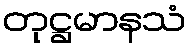
တုဋ္ဌမာနသံ